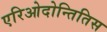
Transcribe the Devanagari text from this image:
एरिओदोन्तितिस